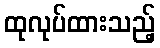
ထုလုပ်ထားသည့်